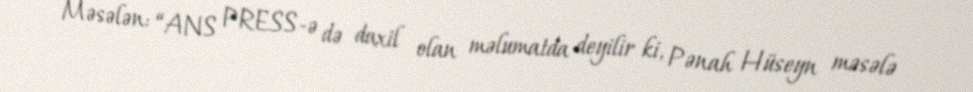
Məsələn: “ANS PRESS-ə də daxil olan məlumatda deyilir ki, Pənah Hüseyn məsələ